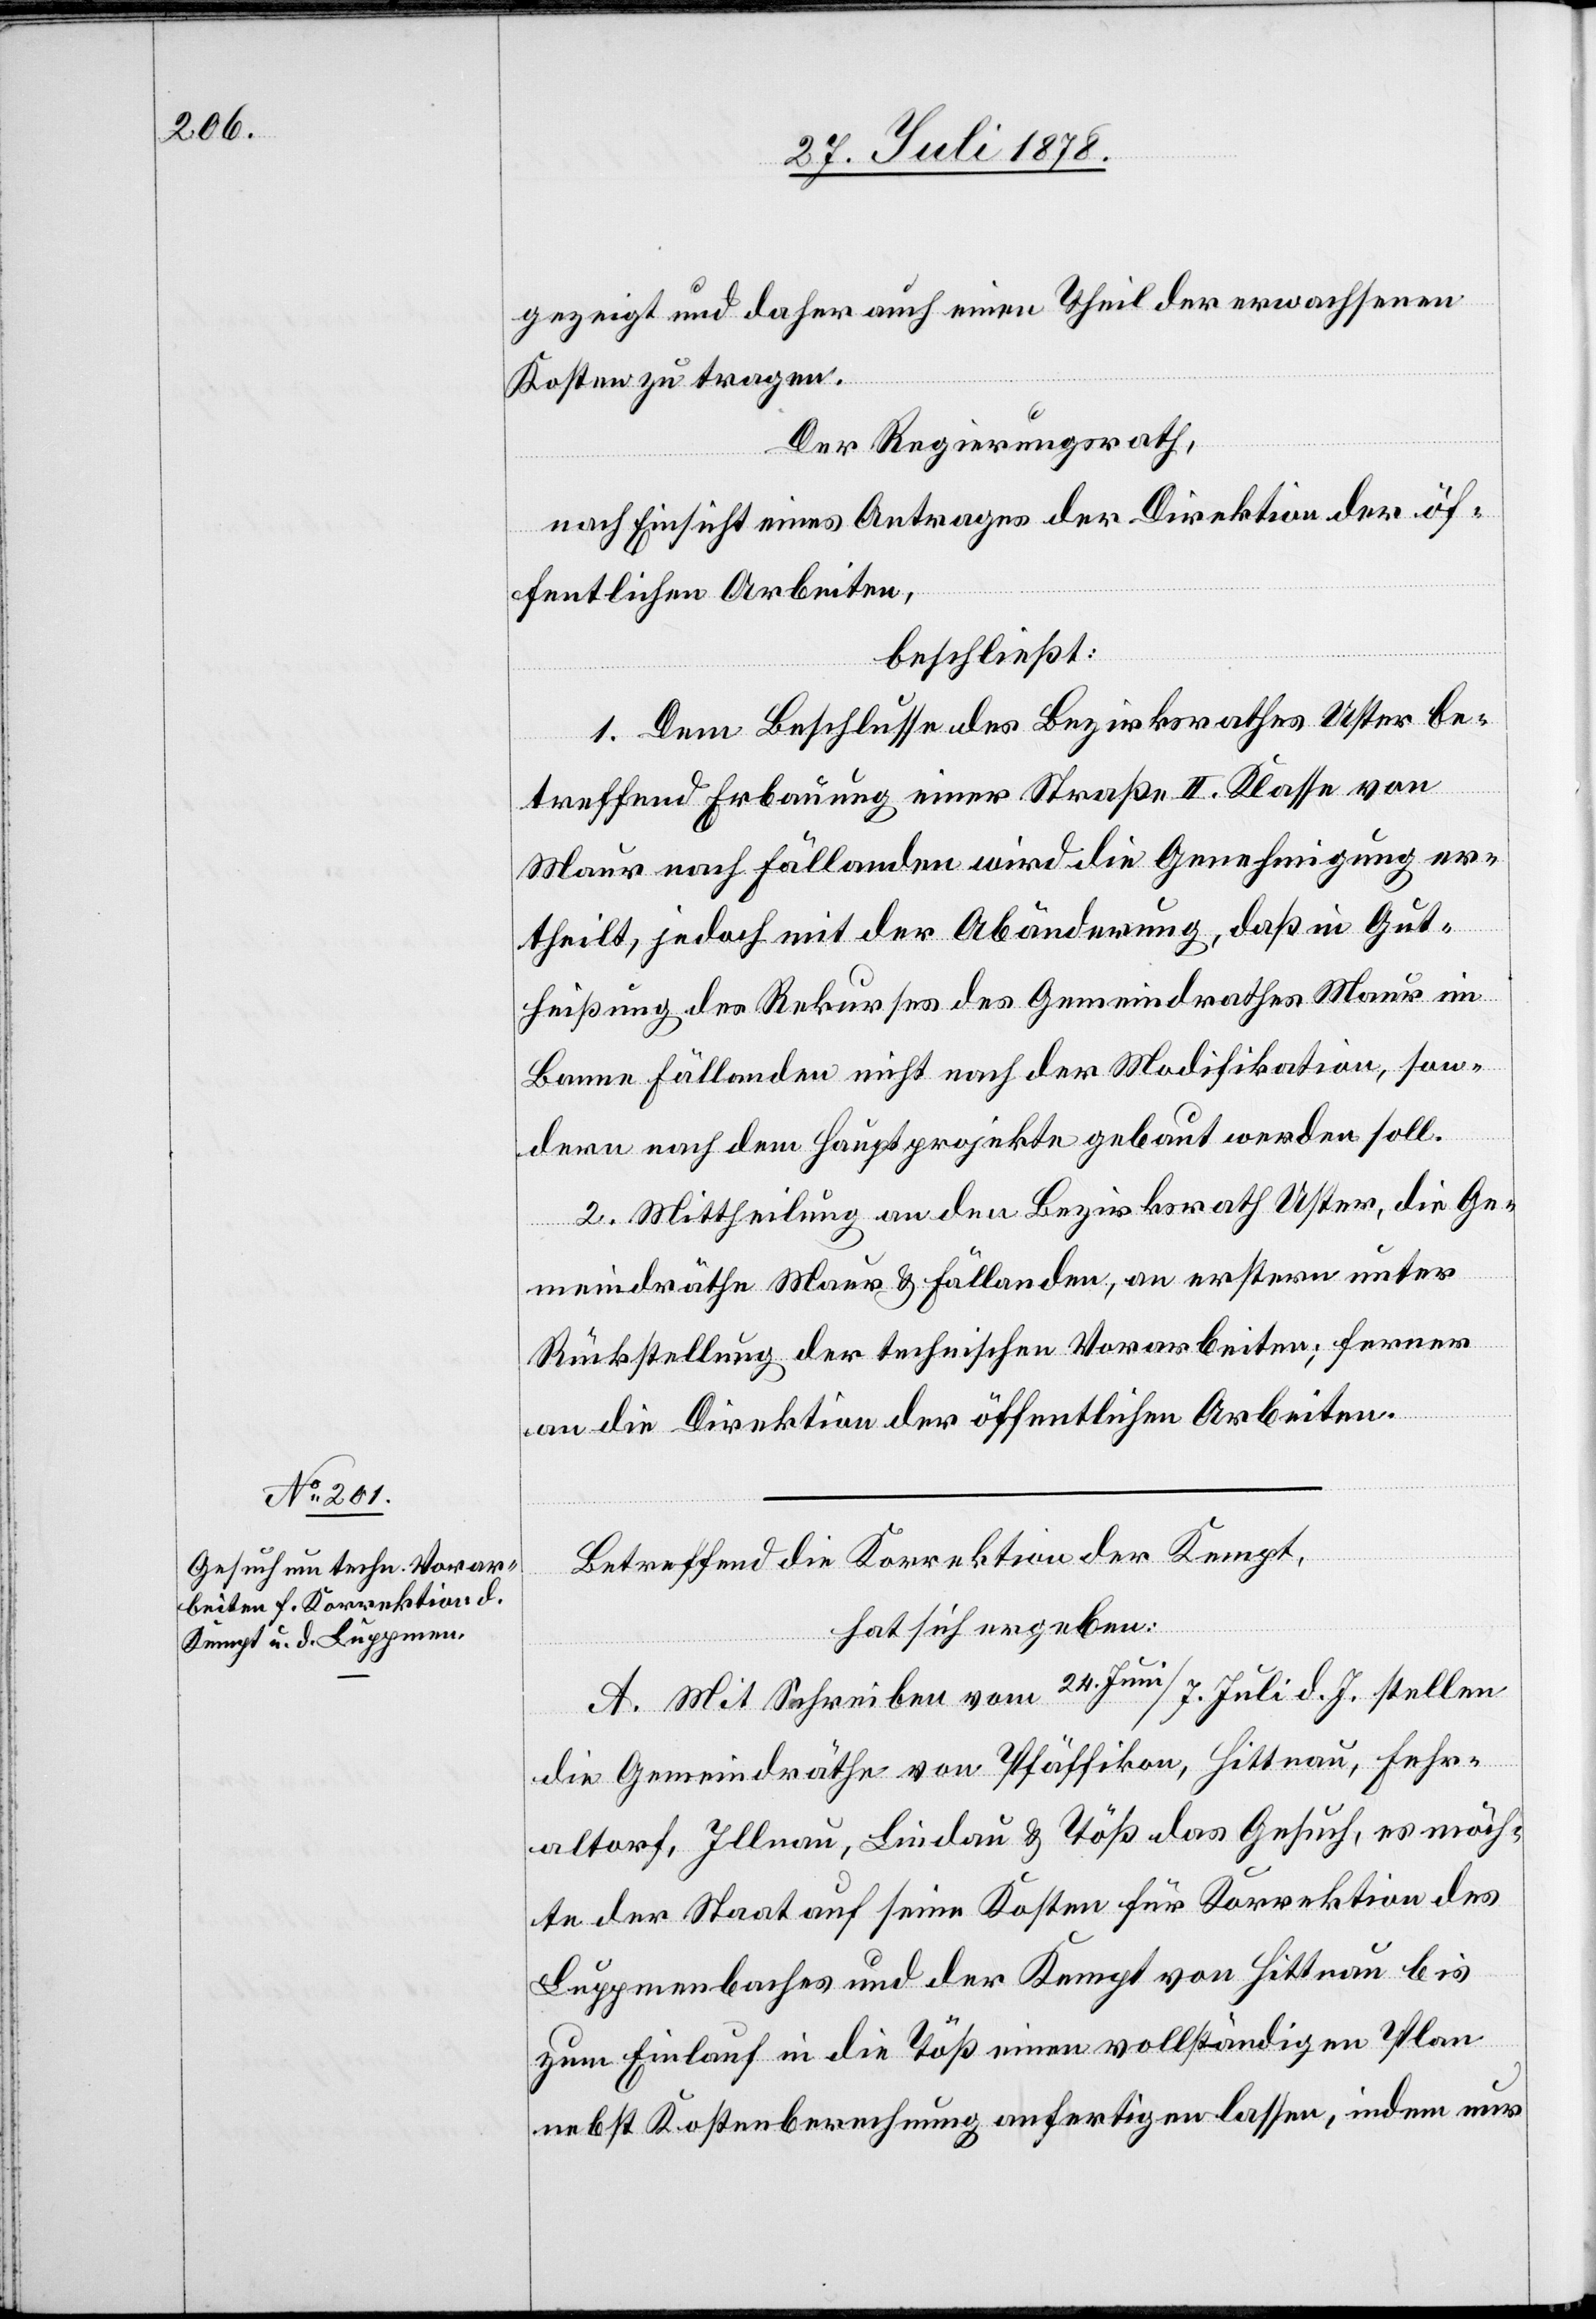
gezeigt und daher auch einen Theil der erwachsenen
Kosten zu tragen.
Der Regierungsrath,
nach Einsicht eines Antrages der Direktion der öf¬
fentlichen Arbeiten,
beschließt:
1. Dem Beschlusse des Bezirksrathes Uster be¬
treffend Erbauung einer Straße II. Klasse von
Maur nach Fällanden wird die Genehmigung er¬
theilt, jedoch mit der Abänderung, daß in Gut¬
heißung des Rekurses des Gemeindrathes Maur im
Banne Fällanden nicht nach der Modifikation, son¬
dern nach dem Hauptprojekte gebaut werden soll.
2. Mittheilung an den Bezirksrath Uster, die Ge¬
meindräthe Maur & Fällanden, an erstere unter
Rückstellung der technischen Vorarbeiten; ferner
an die Direktion der öffentlichen Arbeiten.
Betreffend die Korrektion der Kempt,
hat sich ergeben:
A. Mit Schreiben vom 24. Juni / 7. Juli d. J. stellen
die Gemeindräthe von Pfäffikon, Hittnau, Fehr¬
altorf, Illnau, Lindau & Töß das Gesuch, es möch¬
te der Staat auf seine Kosten für Korrektion des
Luppmenbaches und der Kempt von Hittnau bis
zum Einlauf in die Töß einen vollständigen Plan
nebst Kostenberechnung anfertigen lassen, indem nur